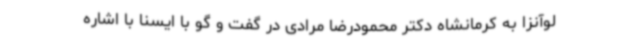
لوآنزا به کرمانشاه دکتر محمودرضا مرادی در گفت و گو با ایسنا با اشاره